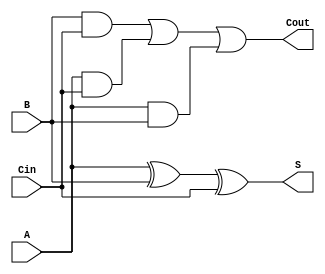
`timescale 1ns / 1ps

module full_adder(
    input A,
    input B,
    input Cin,
    output S,
    output Cout
    );

assign Cout = (B && Cin) || (A && Cin) || (A && B); 
assign S = A ^ B ^ Cin;
      
endmodule